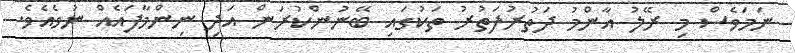
ނަމަވެސް މި ރޭލު އާންމު ދަތުރުފަތުރު ތަކުގައި ބޭނުންކުރަން އަދި ނިންމާފައެއް ނުވެއެވެ.